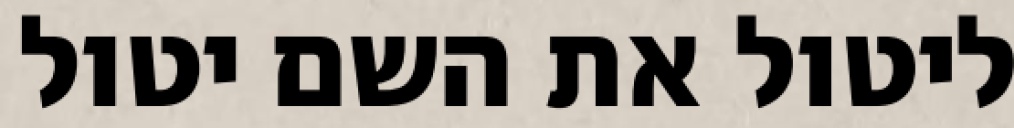
ליטול את השם יטול